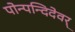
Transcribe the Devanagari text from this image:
पोन्पन्दिदेवर्